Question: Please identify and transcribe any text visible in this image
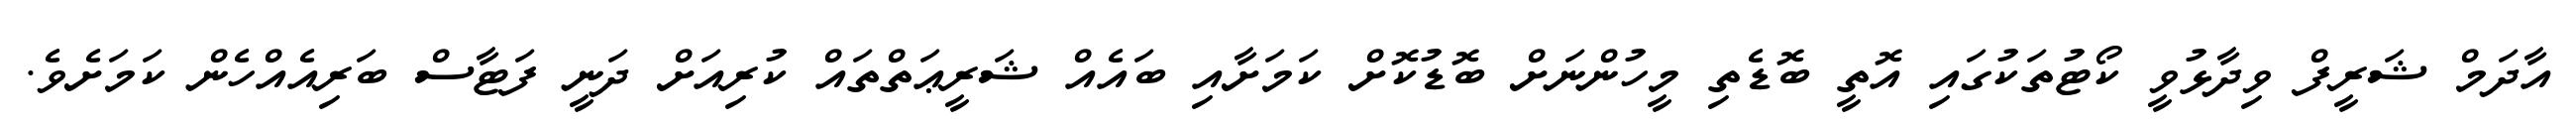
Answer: އާދަމް ޝަރީފް ވިދާޅުވީ ކޯޓުތަކުގައި އޮތީ ބޮޑެތި މީހުންނަށް ބޮޑުކޮށް ކަމަށާއި ބައެއް ޝަރީޢަތްތައް ކުރިއަށް ދަނީ ފަޓާސް ބަރިއެއްހެން ކަމަށެވެ.